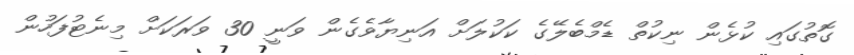
ގޮތުގައި ކުޅެން ނިކުތް ޑެމްބެލޭގެ ކަކުލަށް އަނިޔާވެގެން ވަނީ 30 ވަރަކަށް މިނެޓުފަހުން